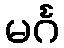
မင်္ဂ